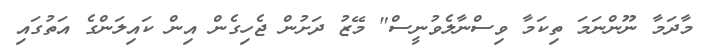
މާދަމާ ނޫންނަމަ ތިކަމާ ވިސްނާލެވުނީސް" މޭޒު ދަށުން ޖެހިގެން އިން ކައިލަންގެ އަތުގައި